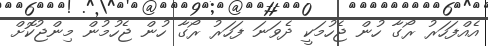
އެއްފަހަރު ރޯގާ ހުން ޖެހުމަކީ ދެވަނަ ފަހަރު ރޯގާ ހުން ޖެހުމުން މިންޖުކޮށް